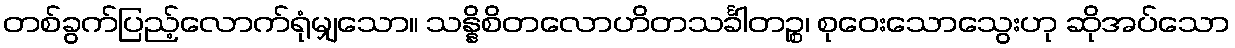
တစ်ခွက်ပြည့်လောက်ရုံမျှသော။ သန္နိစိတလောဟိတသင်္ခါတဉ္စ၊ စုဝေးသောသွေးဟု ဆိုအပ်သော